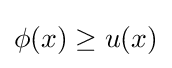
\phi (x)\geq u(x)